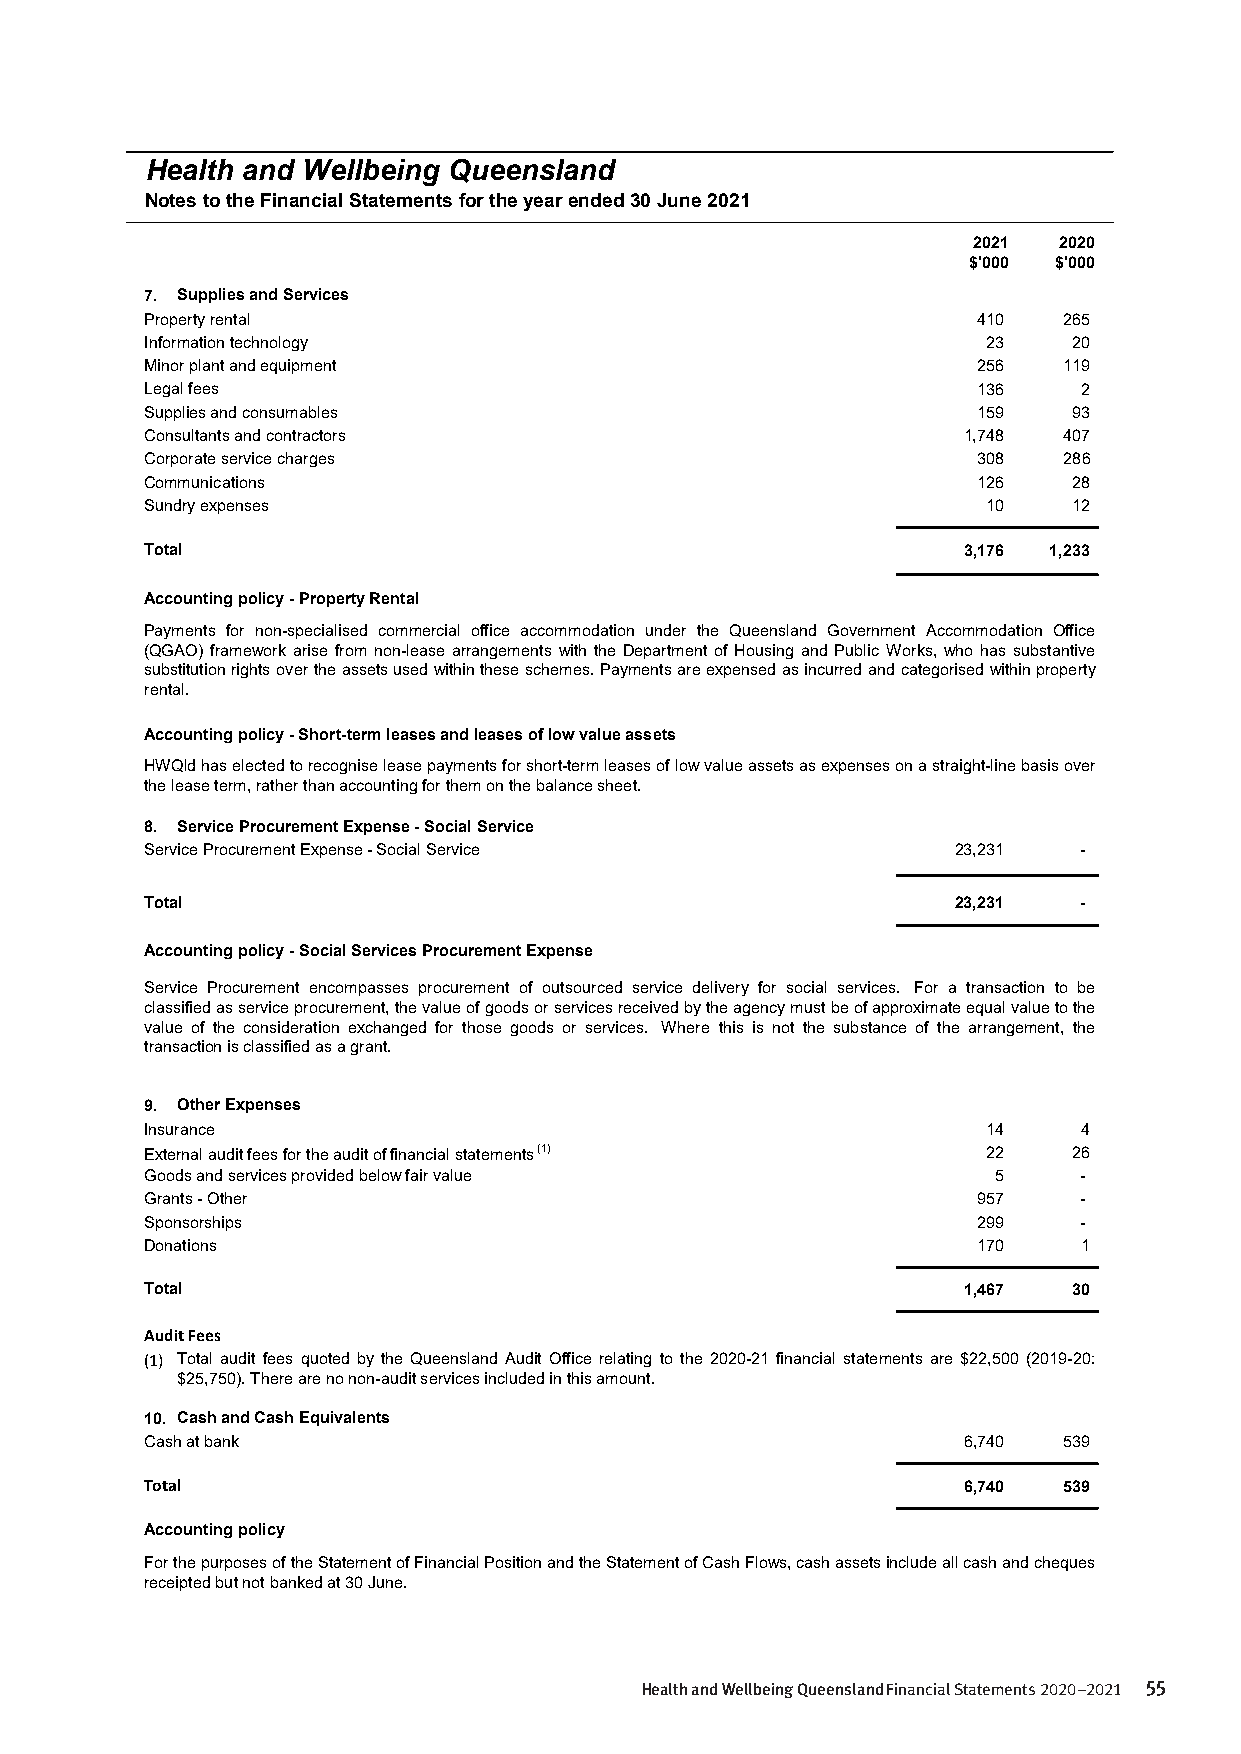
Health and Wellbeing Queensland
 Notes to the Financial Statements for the year ended 30 June 2021
 2021  2020
 $'000 $'000
 7. Supplies and Services
 Property rental                                        410  265
 Information technology                                 23    20
 Minor plant and equipment                              256  119
 Legal fees                                             136    2
 Supplies and consumables                               159   93
 Consultants and contractors                           1,748 407
 Corporate service charges                              308  286
 Communications                                         126   28
 Sundry expenses                                        10    12
 Total                                                 3,176 1,233
 Accounting policy - Property Rental
 Payments for non-specialised commercial office accommodation under the Queensland Government Accommodation Office
 (QGAO) framework arise from non-lease arrangements with the Department of Housing and Public Works, who has substantive
 substitutionrightsovertheassetsusedwithintheseschemes.Paymentsareexpensedasincurredandcategorisedwithinproperty
 rental.
 Accounting policy - Short-term leases and leases of low value assets
 HWQldhaselectedtorecogniseleasepaymentsforshort-termleasesoflowvalueassetsasexpensesonastraight-linebasisover
 the lease term, rather than accounting for them on the balance sheet.
 8. Service Procurement Expense - Social Service
 Service Procurement Expense - Social Service         23,231  -
 Total                                                23,231  -
 Accounting policy - Social Services Procurement Expense
 Service Procurement encompasses procurement of outsourced service delivery for social services. For a transaction to be
 classifiedasserviceprocurement,thevalueofgoodsorservicesreceivedbytheagencymustbeofapproximateequalvaluetothe
 value of the consideration exchanged for those goods or services. Where this is not the substance of the arrangement, the
 transaction is classified as a grant.
 9. Other Expenses
 Insurance                                              14     4
 External audit fees for the audit of financial statements (1) 22 26
 Goods and services provided below fair value            5    -
 Grants - Other                                         957   -
 Sponsorships                                           299   -
 Donations                                              170    1
 Total                                                 1,467  30
 Audit Fees
 (1) Total audit fees quoted by the Queensland Audit Office relating to the 2020-21 financial statements are $22,500 (2019-20:
 $25,750). There are no non-audit services included in this amount.
 10. Cash and Cash Equivalents
 Cash at bank                                          6,740 539
 Total                                                 6,740 539
 Accounting policy
 ForthepurposesoftheStatementofFinancialPositionandtheStatementofCashFlows,cashassetsincludeallcashandcheques
 receipted but not banked at 30 June.
 - 12 -
 Health and Wellbeing Queensland Financial Statements 2020–2021 55